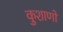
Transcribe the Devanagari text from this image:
कुशाणों